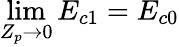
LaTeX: \operatorname*{lim}_{Z_{p}\rightarrow 0}E_{c1}=E_{c0}